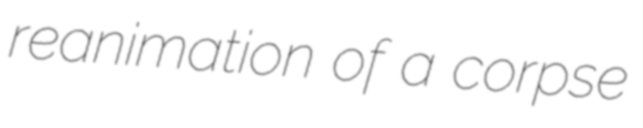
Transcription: reanimation of a corpse